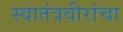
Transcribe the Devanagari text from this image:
स्वातंत्रवीरांचा